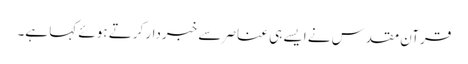
قرآن مقدس نے ایسے ہی عناصر سے خبردار کرتے ہوئے کہا ہے۔